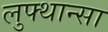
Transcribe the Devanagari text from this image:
लुफ्थान्सा